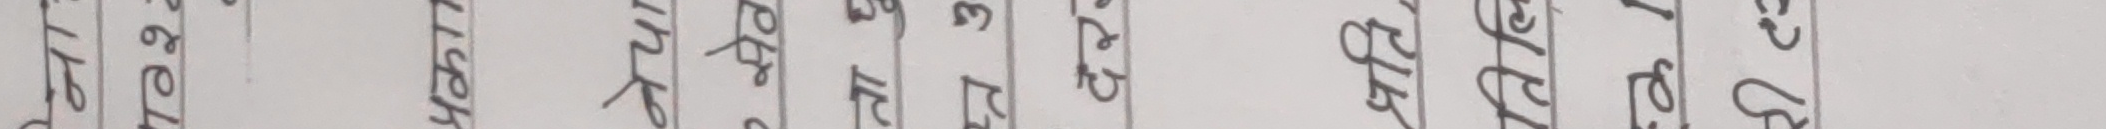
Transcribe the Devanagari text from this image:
यो उज्यालो